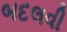
બદલવી